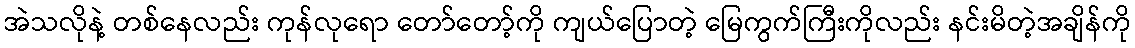
အဲသလိုနဲ့ တစ်နေလည်း ကုန်လုရော တော်တော့်ကို ကျယ်ပြောတဲ့ မြေကွက်ကြီးကိုလည်း နင်းမိတဲ့အချိန်ကို